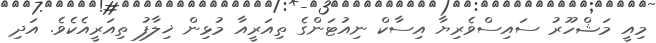
މިއީ މަޝްހޫރު ސައިސްވެރިޔާ އިސާކް ނިއުޓަންގެ ތިއަރީއާ މުޅިން ޚިލާފު ތިއަރީއެކެވެ. އަދި